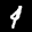
Label: 4